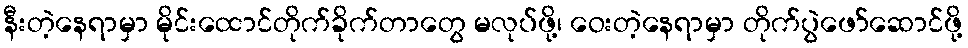
နီးတဲ့နေရာမှာ မိုင်းထောင်တိုက်ခိုက်တာတွေ မလုပ်ဖို့၊ ဝေးတဲ့နေရာမှာ တိုက်ပွဲဖော်ဆောင်ဖို့